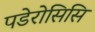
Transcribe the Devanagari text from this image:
पडेरोसिसि